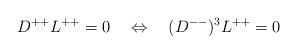
LaTeX: \begin{align*} D^{++}L^{++} =0\quad \Leftrightarrow \quad (D^{--})^3L^{++}=0\end{align*}